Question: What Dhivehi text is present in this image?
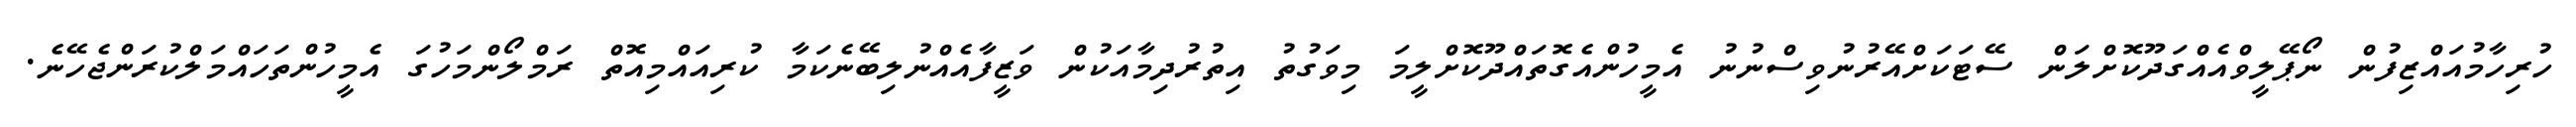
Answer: ހުރިހާމުއައްޒިފުން ނޯޕޭލީވްއެއްގަދޫކޮށްލަން ސޭޓަކަށްއޭރުނުވިސްނުނު އެމީހުންއެގޮތައްދޫކޮށްލީމަ މިވަގުތު އިތުރުދިމާއަކުން ވަޒީފާއެއްނުލިބޭނެކަމާ ކުރިއައްމިއޮތް ރަމްލޯންމަހުގަ އެމީހުންތަހައްމަލްކުރަންޖެހޭނެ.